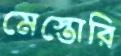
মেস্তোরি